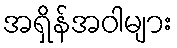
အရှိန်အဝါများ